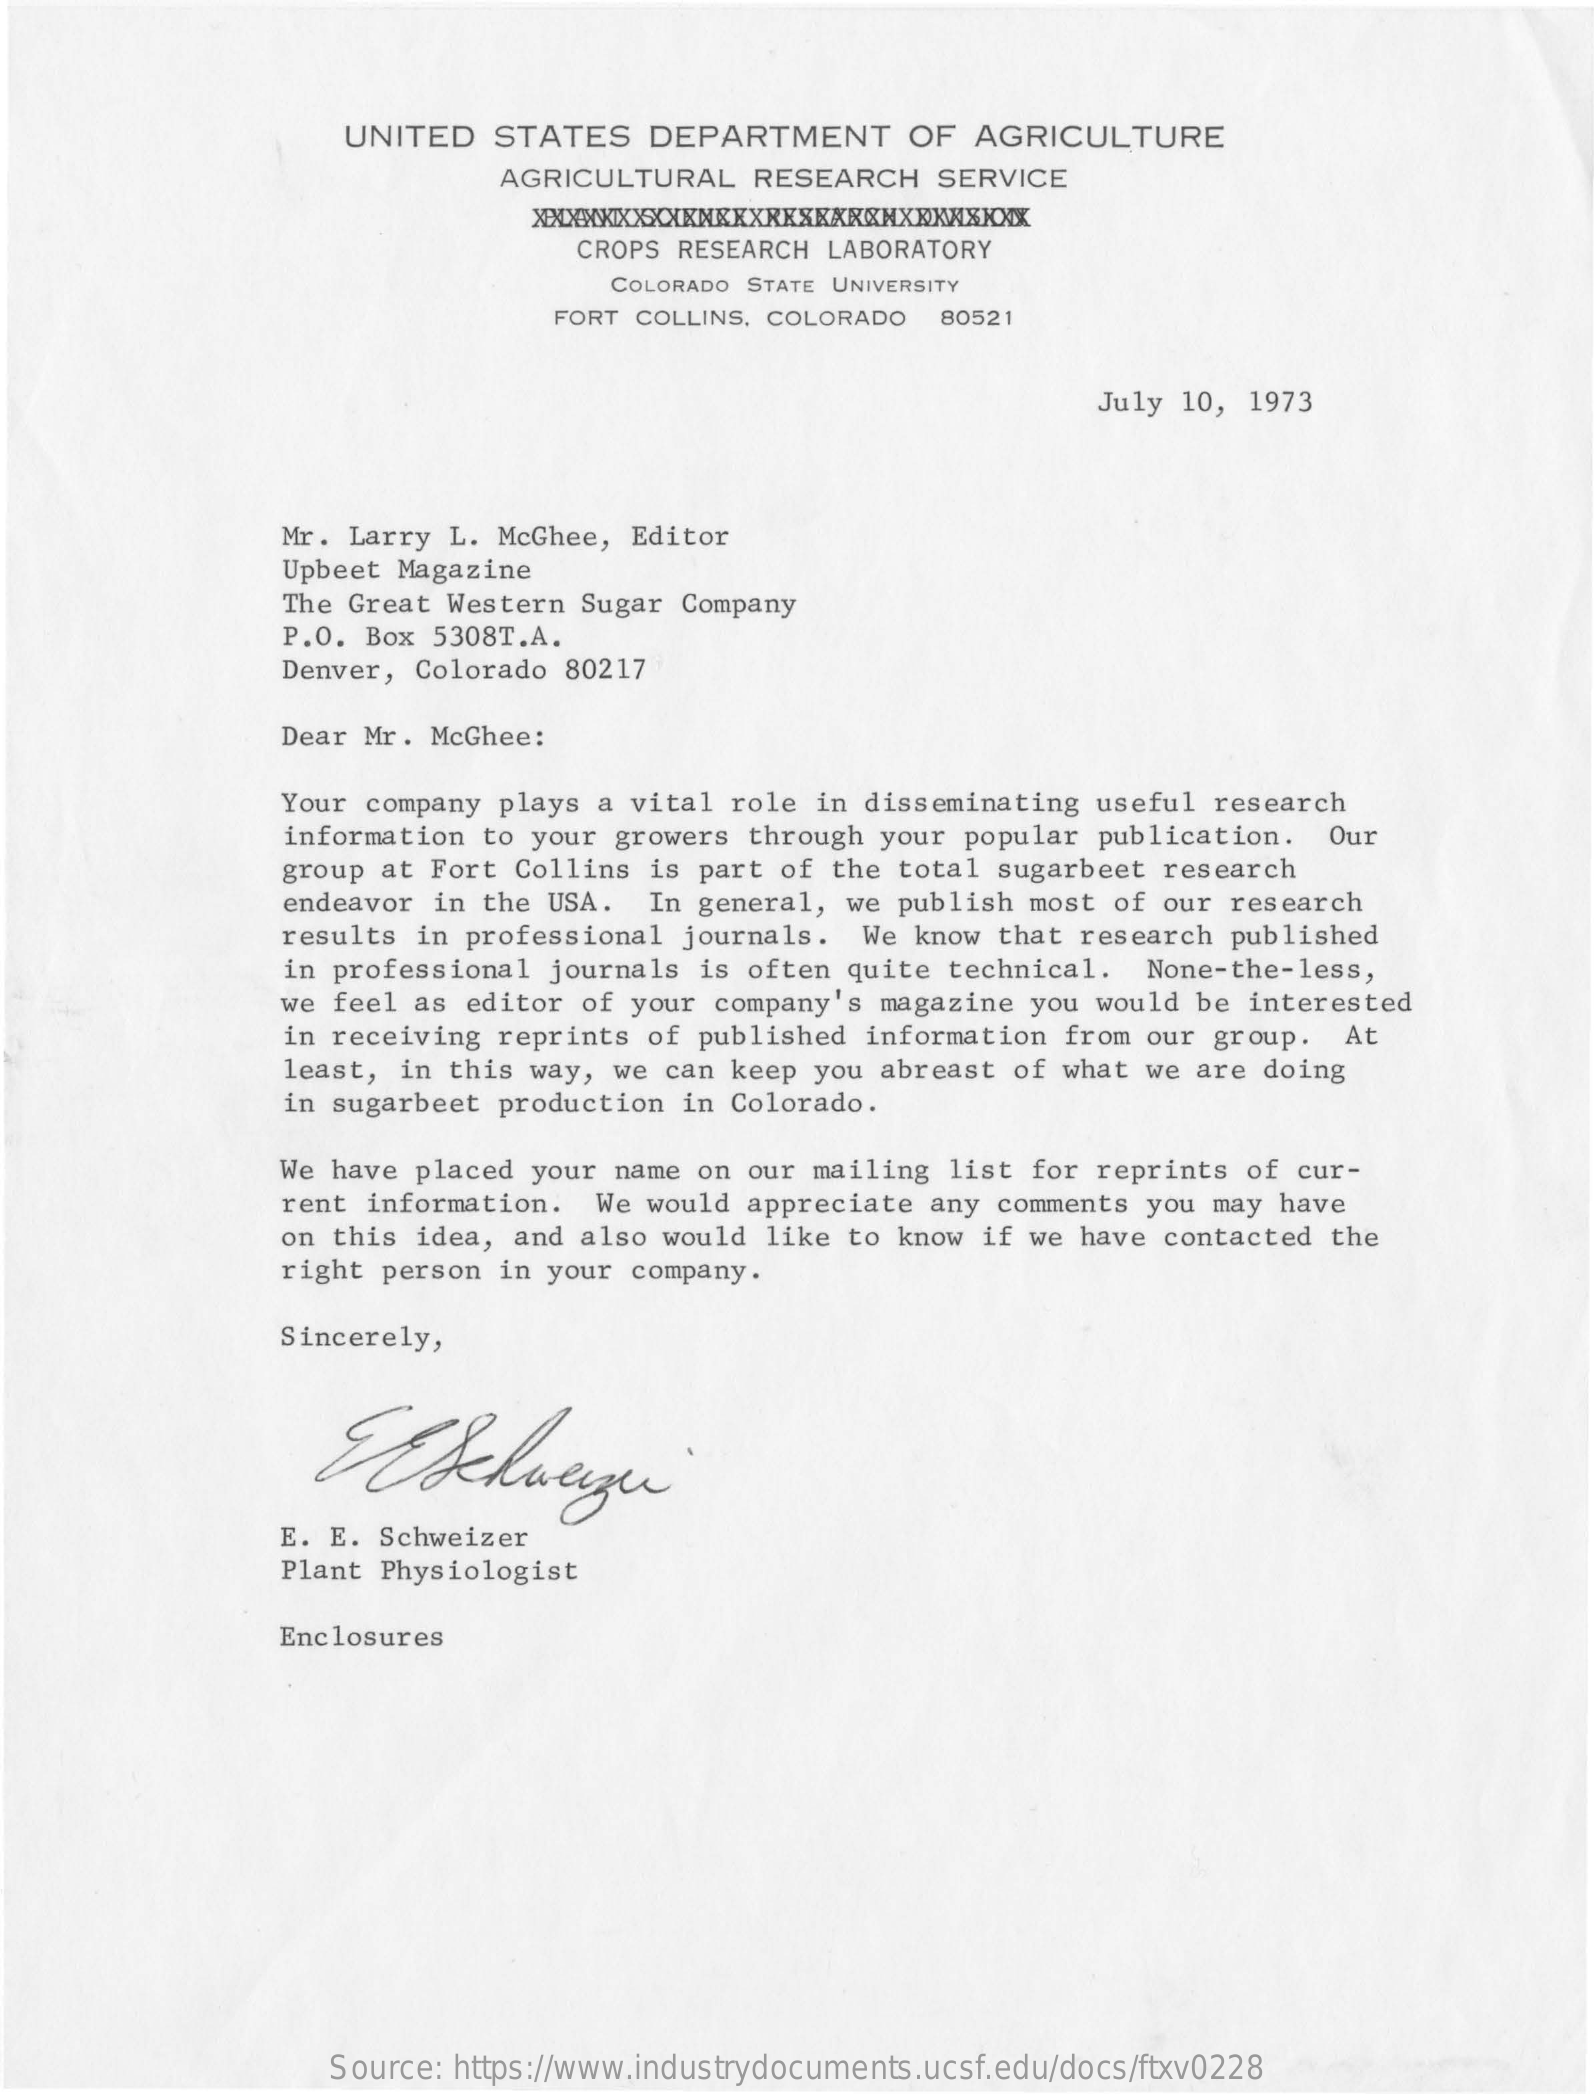
UNITED   STATES    DEPARTMENT    OF   AGRICULTURE
     AGRICULTURAL   RESEARCH    SERVICE
     XXXXXXXXXXXXXREXKARCHXXXXXXXX
     CROPS RESEARCH LABORATORY
     COLORADO STATE UNIVERSITY
     FORT COLLINS, COLORADO  80521
     July  10, 1973
     Mr. Larry L. McGhee,  Editor
     Upbeet Magazine
     The Great Western  Sugar Company
     P.O. Box 5308T.A.
     Denver, Colorado 80217
     Dear Mr. McGhee:
     Your company plays  a vital role in disseminating  useful  research
     information to your  growers through your  popular publication.   Our
     group at Fort Collins  is part of the  total sugarbeet research
     endeavor in the USA.   In general, we  publish most of our  research
     results in professional  journals.  We  know that research  published
     in professional  journals is often quite  technical.  None-the-less,
     we feel as editor  of your company's magazine  you would be  interested
     in receiving reprints  of published  information from our  group.  At
     least, in this way,  we can keep you abreast  of what we are  doing
     in sugarbeet production  in Colorado.
     We have placed your  name on our mailing  list for reprints  of cur-
     rent information.  We  would appreciate  any comments you may  have
     on this idea, and  also would like to  know if we have  contacted the
     right person in your  company.
     Sincerely,
     E. E. Schweizer
     Plant Physiologist
     Enclosures
     Source: https://www.industrydocuments.ucsf.edu/docs/ftxv0228